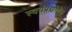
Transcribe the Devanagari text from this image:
स्वयंप्रणोदन